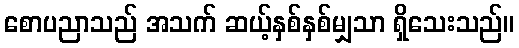
စောပညာသည် အသက် ဆယ့်နှစ်နှစ်မျှသာ ရှိသေးသည်။